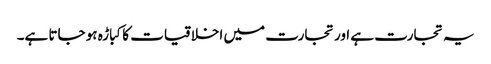
یہ تجارت ہے اور تجارت میں اخلاقیات کا کباڑہ ہو جاتا ہے۔